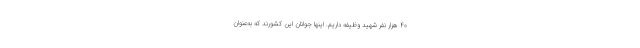
۴۰ هزار نفر شهید وظیفه داریم. اینها جوانان این کشورند که به‌عنوان